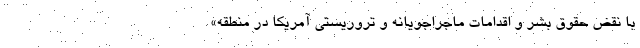
با نقض حقوق بشر و اقدامات ماجراجویانه و تروریستی آمریکا در منطقه»